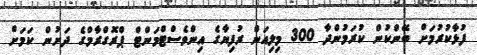
ފުޅާކުރުމަށް ބޭންކުން ކުރަމުންދާ 300 މިލިއަން ރުފިޔާގެ އިންވެސްޓްމަންޓް ޕްރޮގްރާމްގެ ދަށުން ކަމަށް